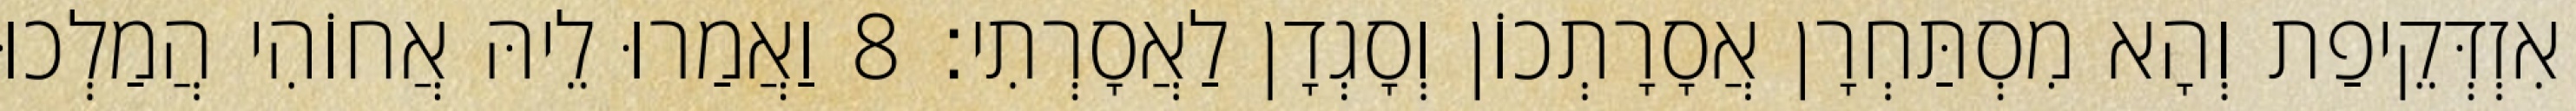
אִזְדְּקֵיפַת וְהָא מִסְתַּחְרָן אֲסָרָתְכוֹן וְסָגְדָן לַאֲסָרְתִי׃ 8 וַאֲמַרוּ לֵיהּ אֲחוֹהִי הֲמַלְכוּ